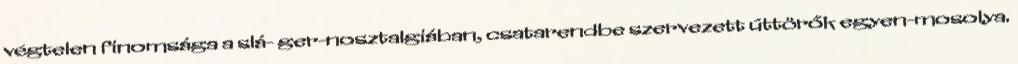
végtelen finomsága a slá- ger-nosztalgiában, csatarendbe szervezett úttörők egyen-mosolya.